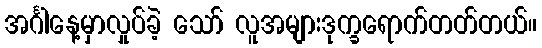
အင်္ဂါနေ့မှာလှုပ်ခဲ့ သော် လူအများဒုက္ခရောက်တတ်တယ်။